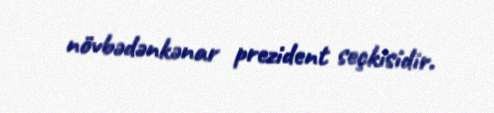
növbədənkənar prezident seçkisidir.